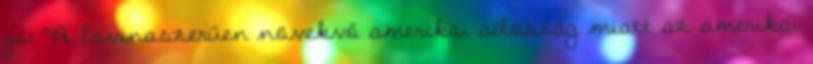
jó: "A lavinaszerűen növekvő amerikai adósság miatt az amerikai